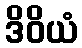
ဒိဝိယံ